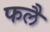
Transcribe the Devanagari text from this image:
फलै